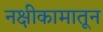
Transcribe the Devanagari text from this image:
नक्षीकामातून